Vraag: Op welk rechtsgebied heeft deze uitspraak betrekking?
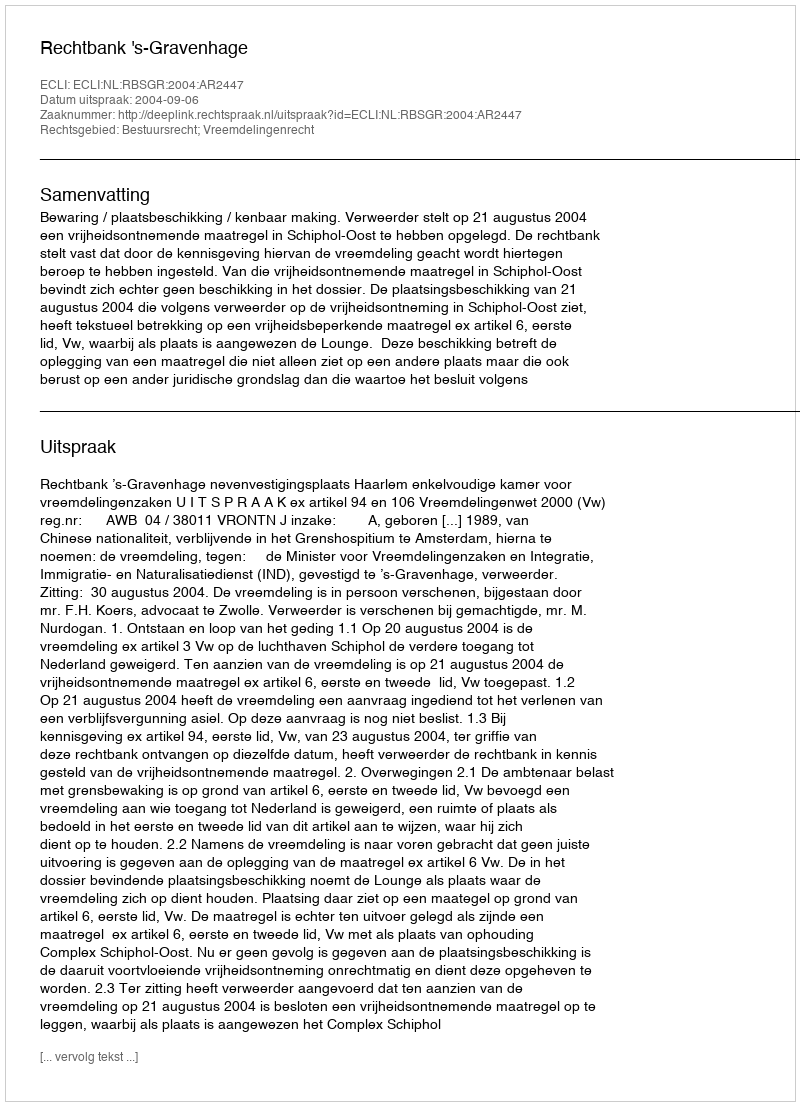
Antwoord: Bestuursrecht; Vreemdelingenrecht